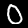
Digit: 0